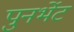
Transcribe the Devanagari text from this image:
पुनर्भेट